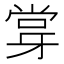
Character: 牚